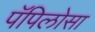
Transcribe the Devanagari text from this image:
पॅपिलोसा